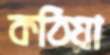
কঠিয়া